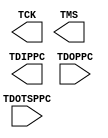
// $Header: /devl/xcs/repo/env/Databases/CAEInterfaces/verunilibs/s/JTAGPPC.v,v 1.3 2003/01/21 01:55:28 wloo Exp $

/*

		: JTAG for PPC

*/

`timescale  100 ps / 10 ps

module JTAGPPC (TCK, TDIPPC, TMS, TDOPPC, TDOTSPPC);

output TCK;
output TDIPPC;
output TMS;

input TDOPPC;
input TDOTSPPC;

endmodule